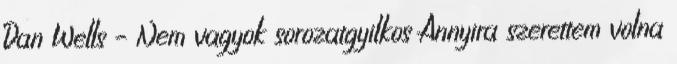
Dan Wells – Nem vagyok sorozatgyilkos Annyira szerettem volna